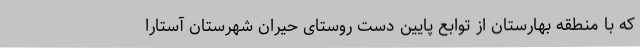
که با منطقه بهارستان از توابع پایین دست روستای حیران شهرستان آستارا